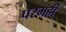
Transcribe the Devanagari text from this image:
परमही्